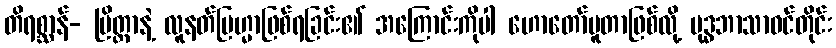
တိရစ္ဆာန်- ပြိတ္တာနဲ့ လူနတ်ဗြဟ္မာဖြစ်ရခြင်း၏ အကြောင်းကိုပါ ဟောတော်မူတာဖြစ်လို့ ဗုဒ္ဓဘာသာဝင်တိုင်း